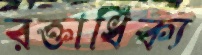
রক্তাধিক্য